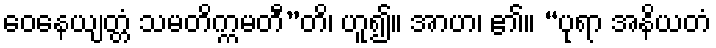
ဝေနေယျတ္တံ သမတိက္ကမတီ”တိ၊ ဟူ၍။ အာဟ၊ ၏။ “ပုရာ အနိယတံ